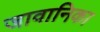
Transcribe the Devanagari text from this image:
जावानिका